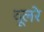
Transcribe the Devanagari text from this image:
दूलरे